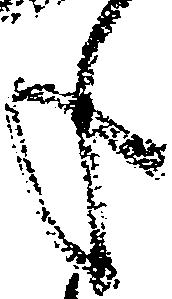
年